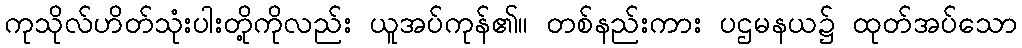
ကုသိုလ်ဟိတ်သုံးပါးတို့ကိုလည်း ယူအပ်ကုန်၏။ တစ်နည်းကား ပဌမနယ၌ ထုတ်အပ်သော